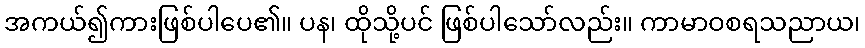
အကယ်၍ကားဖြစ်ပါပေ၏။ ပန၊ ထိုသို့ပင် ဖြစ်ပါသော်လည်း။ ကာမာဝစရသညာယ၊